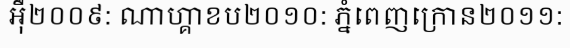
អ៊ឺ២០០៩: ណាហ្គាខប២០១០: ភ្នំពេញក្រោន២០១១: